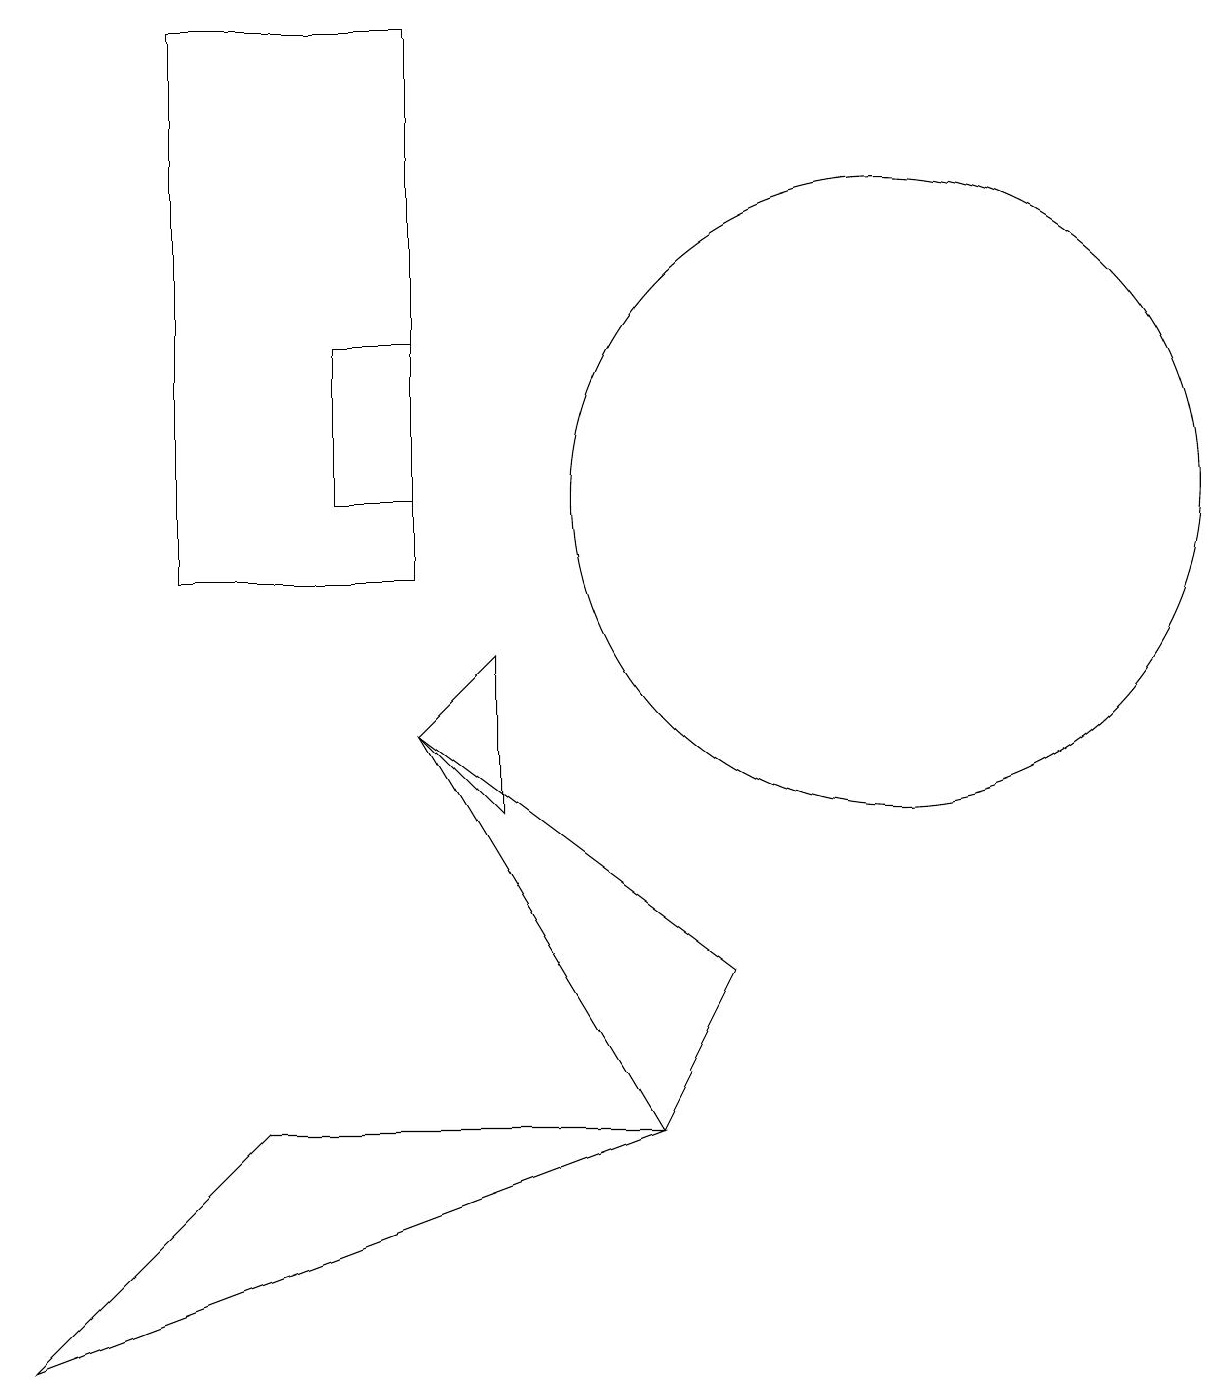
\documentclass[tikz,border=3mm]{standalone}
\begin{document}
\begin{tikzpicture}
\draw (2,10) rectangle (5,17);
\draw (5,11) rectangle (4,13);
\draw (5,8) -- (8,3) -- (9,5) -- cycle;
\draw (6,7) -- (5,8) -- (6,9) -- cycle;
\draw (8,3) -- (3,3) -- (0,0) -- cycle;
\draw (11,11) circle (4);
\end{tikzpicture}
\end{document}